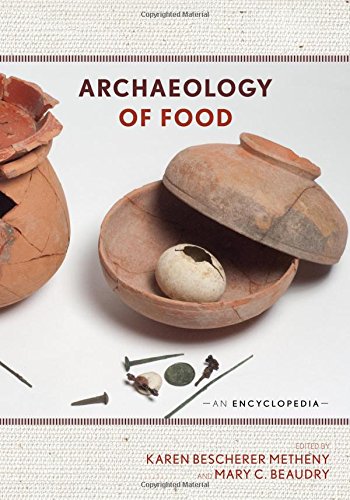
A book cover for Archaeology of Food: An Encyclopedia; Politics & Social Sciences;